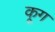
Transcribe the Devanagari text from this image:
कूग